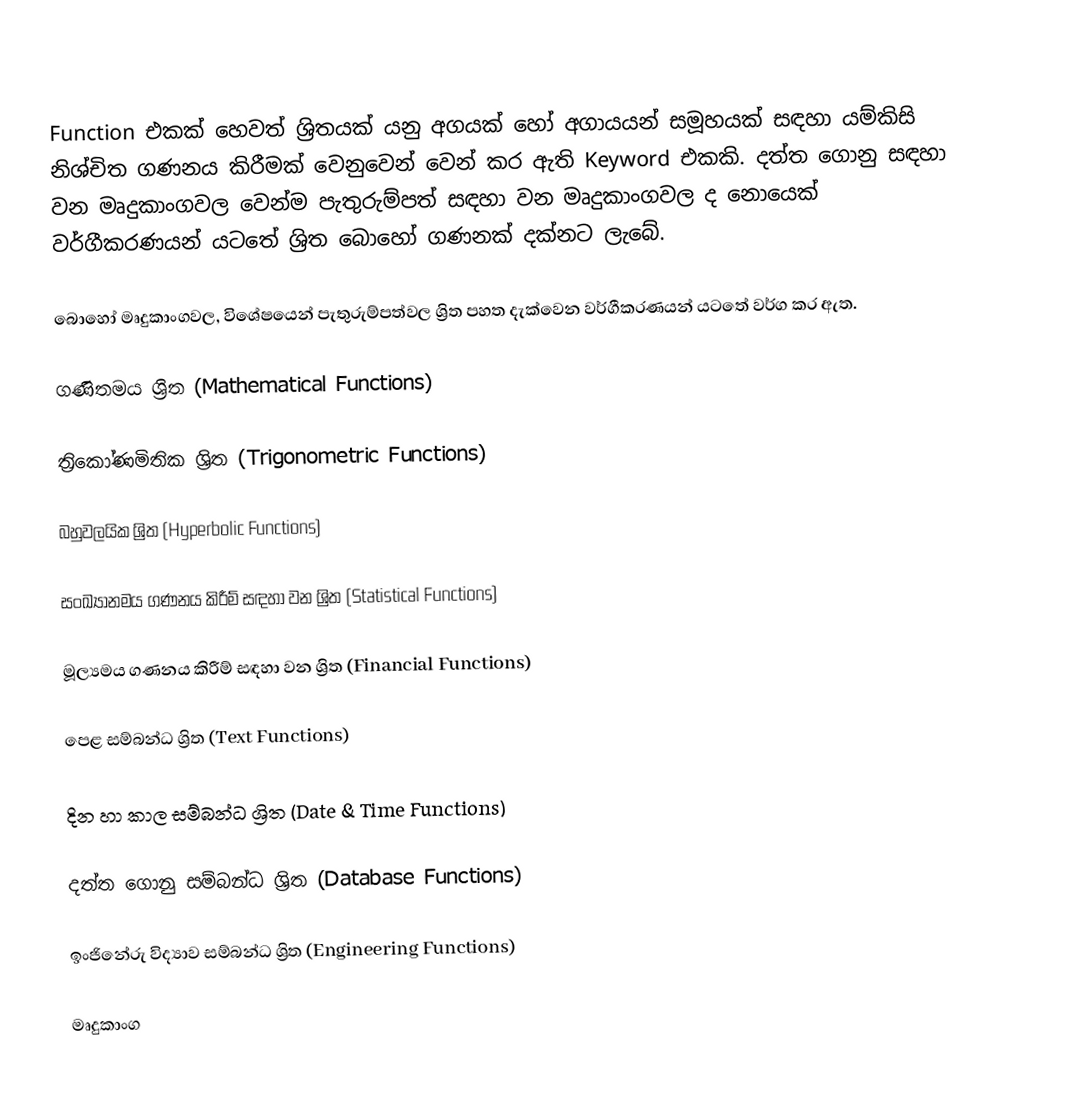
Function එකක් හෙවත් ශ්‍රිතයක් යනු අගයක් හෝ අගායයන් සමූහයක් සඳහා යම්කිසි නිශ්චිත ගණනය කිරීමක් වෙනුවෙන් වෙන් කර ඇති Keyword එකකි. දත්ත ගොනු සඳහා වන මෘදුකාංගවල වෙන්ම පැතුරුම්පත් සඳහා වන මෘදුකාංගවල ද නොයෙක් වර්ගීකරණයන් යටතේ ශ්‍රිත බොහෝ ගණනක් දක්නට ලැබේ.

බොහෝ මෘදුකාංගවල, විශේෂයෙන් පැතුරුම්පත්වල ශ්‍රිත පහත දැක්වෙන වර්ගීකරණයන් යටතේ වර්ග කර ඇත.

ගණිතමය ශ්‍රිත (Mathematical Functions)

ත්‍රිකෝණමිතික ශ්‍රිත (Trigonometric Functions)

බහුවලයික ශ්‍රිත (Hyperbolic Functions)

සංඛ්‍යානමය ගණනය කිරීම් සඳහා වන ශ්‍රිත (Statistical Functions)

මූල්‍යමය ගණනය කිරීම් සඳහා වන ශ්‍රිත (Financial Functions)

පෙළ සම්බන්ධ ශ්‍රිත (Text Functions)

දින හා කාල සම්බන්ධ ශ්‍රිත (Date & Time Functions)

දත්ත ගොනු සම්බන්ධ ශ්‍රිත (Database Functions)

ඉංජිනේරු විද්‍යාව සම්බන්ධ ශ්‍රිත (Engineering Functions)

මෘදුකාංග